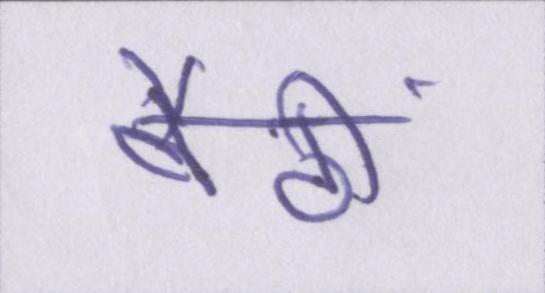
बैठीं